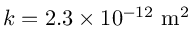
k = 2 . 3 \times 1 0 ^ { - 1 2 } \ \mathrm { m } ^ { 2 }